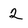
Character: 2